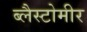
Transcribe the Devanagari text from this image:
ब्लैस्टोमीर